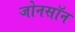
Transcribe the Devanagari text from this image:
जोनसॉन